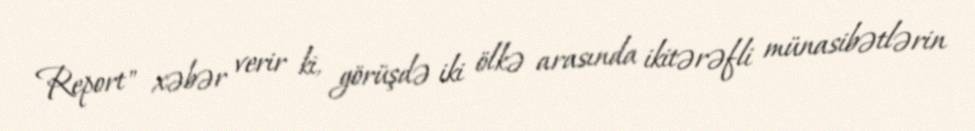
Report" xəbər verir ki, görüşdə iki ölkə arasında ikitərəfli münasibətlərin